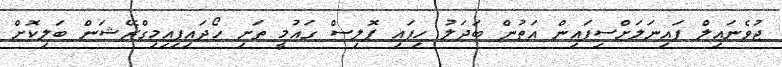
ޖުވެނައިލް ފައިނަލަށްސިފައިން އަތުން ބަދަލު ހިފައި ޕޮލިސް ގައުމީ ތަށި ހޯދައިފިއިމިގްރޭޝަން ބަލިކޮށް